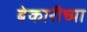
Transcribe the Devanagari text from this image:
बेकारीच्या